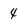
Character: 4